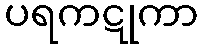
ပရကဋုကာ